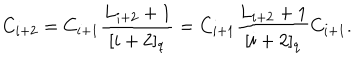
LaTeX: C _ { i + 2 } = C _ { i + 1 } \frac { L _ { i + 2 } + 1 } { [ i + 2 ] _ { q } } = C _ { i + 1 } \frac { L _ { i + 2 } + 1 } { [ i + 2 ] _ { q } } C _ { i + 1 } .